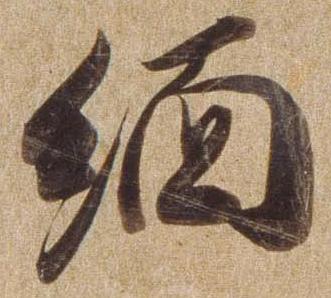
緬